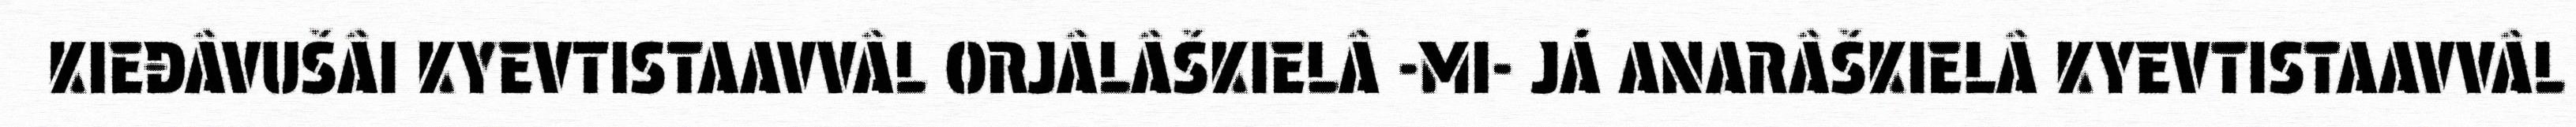
KIEĐÂVUŠÂI KYEVTISTAAVVÂL ORJÂLÂŠKIELÂ -MI- JÁ ANARÂŠKIELÂ KYEVTISTAAVVÂL